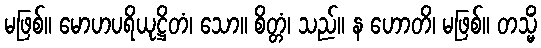
မဖြစ်။ မောဟပရိယုဋ္ဌိတံ၊ သော။ စိတ္တံ၊ သည်။ န ဟောတိ၊ မဖြစ်။ တသ္မိံ